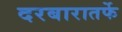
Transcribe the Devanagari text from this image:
दरबारातर्फे